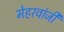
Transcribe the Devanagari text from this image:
मेहरवांजी